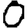
Digit: 0